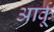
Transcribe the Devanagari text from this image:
आर्कू